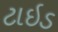
ટાઇડ